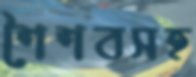
শৈশবসহ